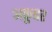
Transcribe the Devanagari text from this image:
अक्रुबर